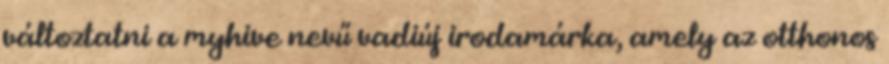
változtatni a myhive nevű vadiúj irodamárka, amely az otthonos